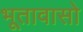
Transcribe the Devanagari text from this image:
भूतावासो